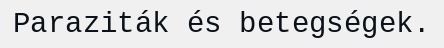
Paraziták és betegségek.